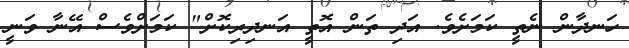
ހަނދާން ނެތީ ކަމަށެވެ. އަދި ތަން އޮތީ އަނދިރިކޮށް" ކަމަށްވެސް އޭނާ ވަނީ